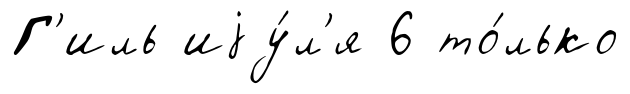
Г'иль иjу́л'я 6 то́лько